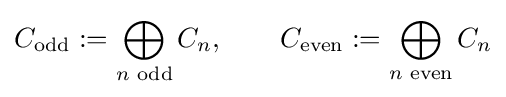
C_{\mathrm {odd} }:=\bigoplus _{n{\text{ odd}}}C_{n},\qquad C_{\mathrm {even} }:=\bigoplus _{n{\text{ even}}}C_{n}